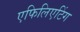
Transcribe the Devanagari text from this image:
एफिलिएटिंग